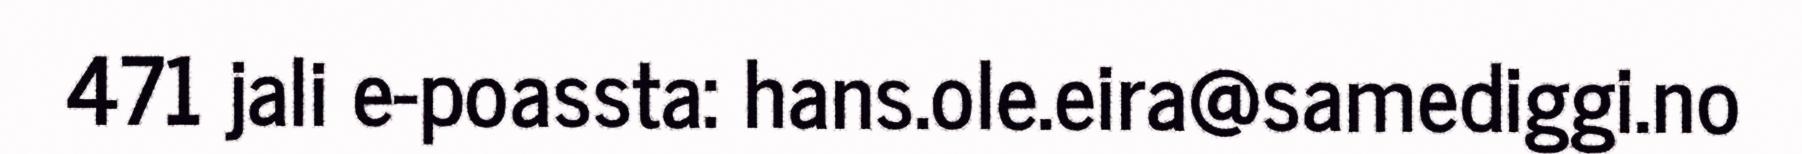
471 jali e-poassta: hans.ole.eira@samediggi.no